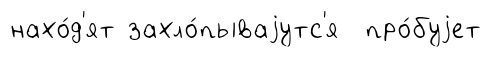
нахо́д'ят захло́пываjутс'я про́буjет